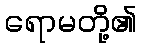
ရောမတို့၏